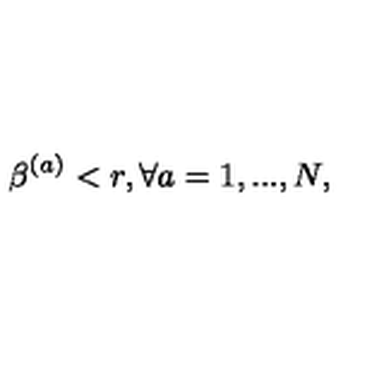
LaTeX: \beta ^ { ( a ) } < r , \forall a = 1 , . . . , N ,